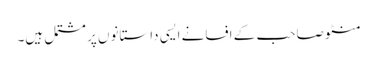
منٹو صاحب کے افسانے ایسی داستانوں پر مشتمل ہیں۔